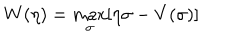
W ( \eta ) = \max _ { \sigma } [ \eta \sigma - V ( \sigma ) ]